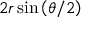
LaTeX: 2 r \sin \left( \theta / 2 \right)